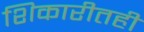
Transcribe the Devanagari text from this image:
शिकारीतही